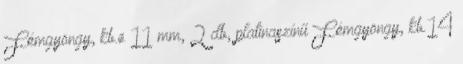
Fémgyöngy, kb.ø 11 mm, 2 db, platinaszínű Fémgyöngy, kb.14